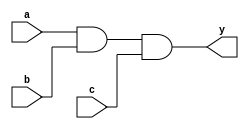
`timescale 1ns / 1ps
//////////////////////////////////////////////////////////////////////////////////
// Module Name: xup_and3
//////////////////////////////////////////////////////////////////////////////////
module xup_and3 #(parameter DELAY=3)(
    input wire a,
    input wire b,
    input wire c,
    output wire y
    );
    
    and #DELAY (y,a,b,c);
    
endmodule